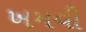
ખમવી